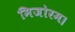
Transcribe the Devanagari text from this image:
मिजोरम।